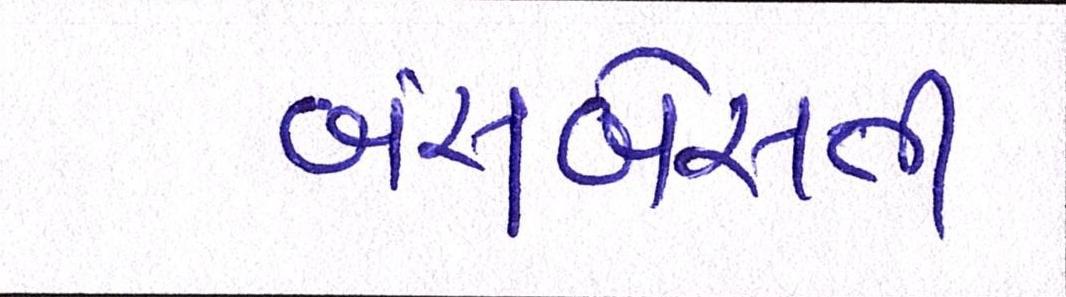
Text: બંસબેસતી